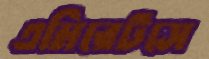
এমিরেটসে